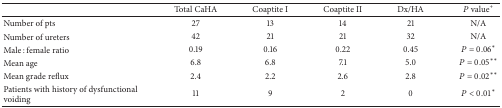
<table><thead><tr><td><b> </b></td><td><b>Total CaHA</b></td><td><b>Coaptite I</b></td><td><b>Coaptite II</b></td><td><b>Dx/HA</b></td><td><b><i>P</i> value<sup>+</sup></b></td></tr></thead><tbody><tr><td>Number of pts</td><td>27</td><td>13</td><td>14</td><td>21</td><td>N/A</td></tr><tr><td>Number of ureters</td><td>42</td><td>21</td><td>21</td><td>32</td><td>N/A</td></tr><tr><td>Male : female ratio</td><td>0.19</td><td>0.16</td><td>0.22</td><td>0.45</td><td><i>P</i> = 0.06*</td></tr><tr><td>Mean age</td><td>6.8</td><td>6.8</td><td>7.1</td><td>5.0</td><td><i>P</i> = 0.05**</td></tr><tr><td>Mean grade reflux</td><td>2.4</td><td>2.2</td><td>2.6</td><td>2.8</td><td><i>P</i> = 0.02**</td></tr><tr><td>Patients with history of dysfunctional voiding</td><td>11</td><td>9</td><td>2</td><td>0</td><td><i>P</i> &lt; 0.01*</td></tr></tbody></table>